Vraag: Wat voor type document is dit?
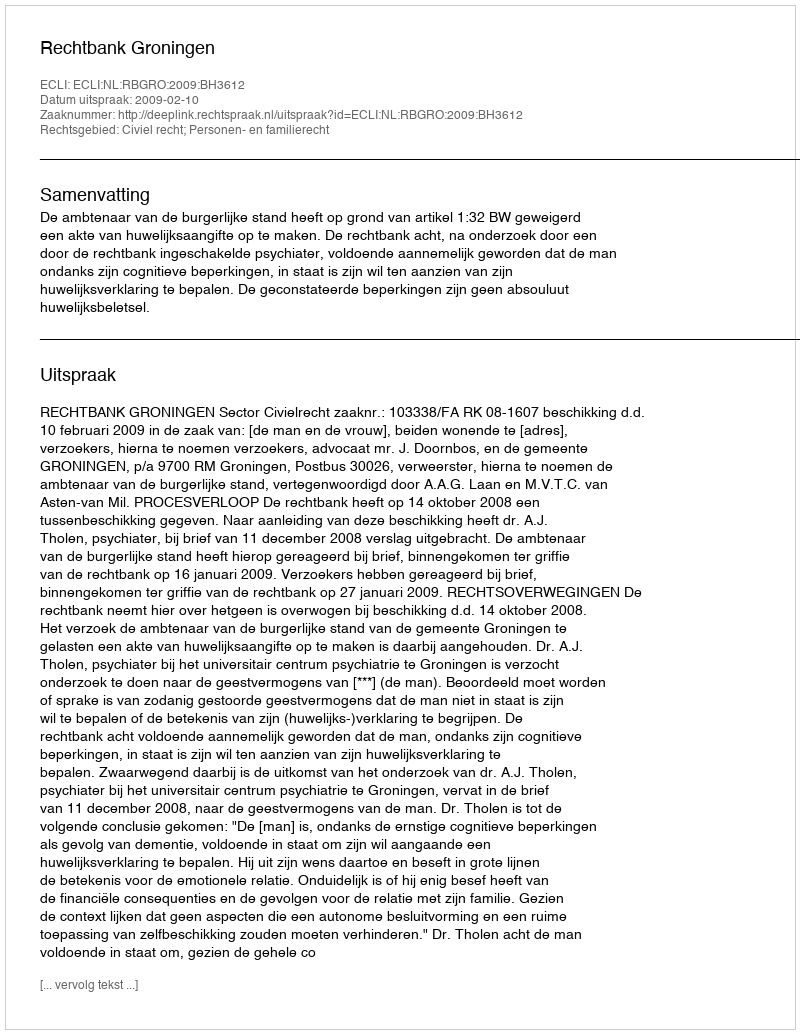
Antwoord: Uitspraak